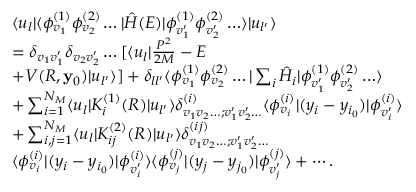
\begin{array} { r l } & { \langle u _ { l } | \langle \phi _ { v _ { 1 } } ^ { ( 1 ) } \phi _ { v _ { 2 } } ^ { ( 2 ) } \ldots | \hat { H } ( E ) | \phi _ { v _ { 1 } ^ { \prime } } ^ { ( 1 ) } \phi _ { v _ { 2 } ^ { \prime } } ^ { ( 2 ) } \ldots \rangle | u _ { l ^ { \prime } } \rangle } \\ & { = \delta _ { v _ { 1 } v _ { 1 } ^ { \prime } } \delta _ { v _ { 2 } v _ { 2 } ^ { \prime } } \ldots [ \langle u _ { l } | \frac { P ^ { 2 } } { 2 M } - E } \\ & { + V ( R , \mathbf { y } _ { 0 } ) | u _ { l ^ { \prime } } \rangle ] + \delta _ { l l ^ { \prime } } \langle \phi _ { v _ { 1 } } ^ { ( 1 ) } \phi _ { v _ { 2 } } ^ { ( 2 ) } \ldots | \sum _ { i } \hat { H } _ { i } | \phi _ { v _ { 1 } ^ { \prime } } ^ { ( 1 ) } \phi _ { v _ { 2 } ^ { \prime } } ^ { ( 2 ) } \ldots \rangle } \\ & { + \sum _ { i = 1 } ^ { N _ { M } } \langle u _ { l } | K _ { i } ^ { ( 1 ) } ( { R } ) | u _ { l ^ { \prime } } \rangle \delta _ { v _ { 1 } v _ { 2 } \ldots ; v _ { 1 } ^ { \prime } v _ { 2 } ^ { \prime } \ldots } ^ { ( i ) } \langle \phi _ { v _ { i } } ^ { ( i ) } | ( y _ { i } - y _ { i _ { 0 } } ) | \phi _ { v _ { i } ^ { \prime } } ^ { ( i ) } \rangle } \\ & { + \sum _ { i , j = 1 } ^ { N _ { M } } \langle u _ { l } | K _ { i j } ^ { ( 2 ) } ( R ) | u _ { l ^ { \prime } } \rangle \delta _ { v _ { 1 } v _ { 2 } \ldots ; v _ { 1 } ^ { \prime } v _ { 2 } ^ { \prime } \ldots } ^ { ( i j ) } } \\ & { \langle \phi _ { v _ { i } } ^ { ( i ) } | ( y _ { i } - y _ { i _ { 0 } } ) | \phi _ { v _ { i } ^ { \prime } } ^ { ( i ) } \rangle \langle \phi _ { v _ { j } } ^ { ( j ) } | ( y _ { j } - y _ { j _ { 0 } } ) | \phi _ { v _ { j } ^ { \prime } } ^ { ( j ) } \rangle + \cdots . } \end{array}